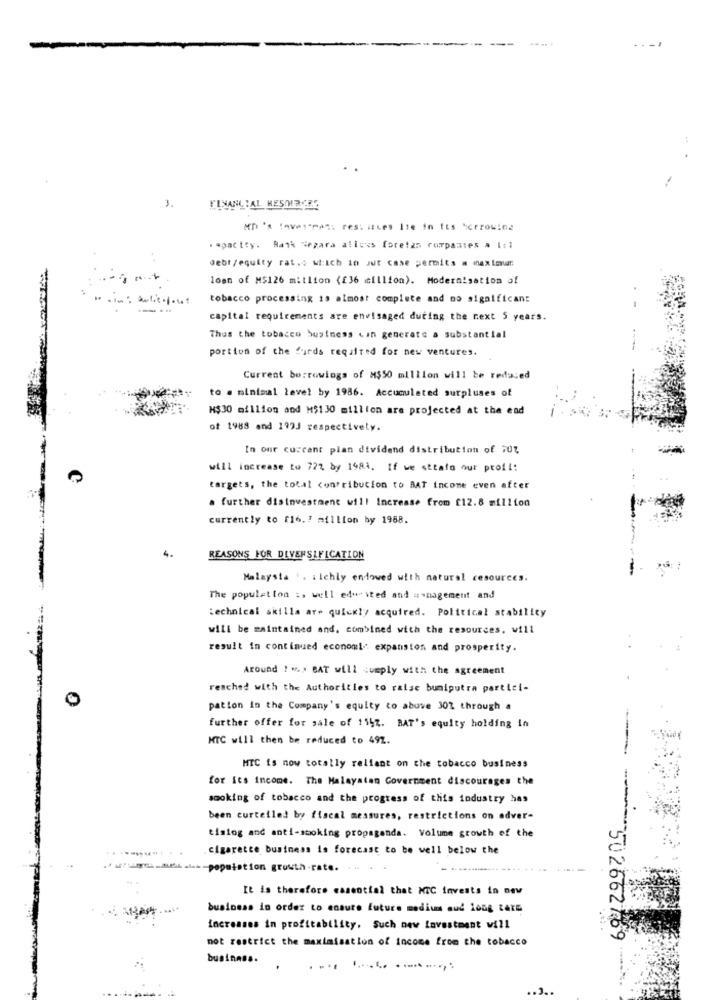
3.
FINANCIAL RESOURCES
Mn 's invi"rani restitues Ite in Its scrrowles
.opacity. Bank Sezara allows foretas companies . 1:1
Gebt/equity rat.o which in Jut case permits a max toum
loan of M$126 million (£36 million). Modernisation of
tobacco processing is almost complete and no significant
capital requirements are envisaged during the next 5 years.
Thus the tobacco business can generate a substantial
portion of the furds required for new ventures.
Current borrowings of M$50 million will be reduced
to . minimal level by 1986. Accumulated surpluses of
M$30 million and M$130 million are projected at the end
of 1988 and 199J respectively.
In our cuccant plan dividend distribution of 70%
will increase to 727 by 1984. If we sttato our proil:
targets, the total contribution to BAT income even after
a further disinvestment will Increase from [12.8 million
currently to [16.7 million by 1988.
4.
REASONS FOR DIVERSIFICATION
Malaysia .. . ichly enlowed with natural resources.
The population => well educated and management and
technical skills are quickly acquired. Political stability
will be maintained and, combined with the resources, will
result in continued economi: expansion and prosperity.
Around ! ">> > BAT will comply with the agreement
reached with the Authorities to raise bumiputra partici-
0
pation in the Company's equity to above 301 through a
further offer for sale of 1147. BAT's equity holding in
MTC will then be reduced to 492.
-
MTC is now totally reliant on the tobacco business
for its income. The Malaysian Government discourages the
smoking of tobacco and the progress of this industry has
been curtelled by fiscal measures, restrictions on adver-
timing and anti-smoking propaganda. Volume growth of the
cigarette business is forecast to be well below the
__ authit -- - population growth rate.
It is therefore essential that MIC invests in new
business in order to ensure future medium aud long term
increases in profitability, Such new investment will
not restrict the maximisation of income from the tobacco
--- 502662169
business.
.... ..... .......
.3.